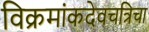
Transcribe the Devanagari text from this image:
विक्रमांकदेवचत्रिचा